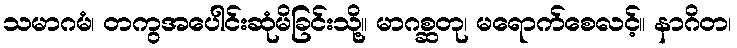
သမာဂမံ၊ တကွအပေါင်းဆုံမိခြင်းသို့။ မာဂစ္ဆတု၊ မရောက်စေလင့်။ နာဂိတ၊